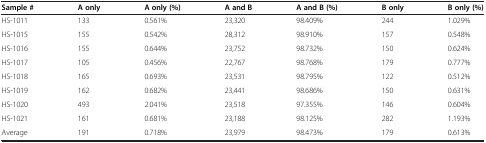
<table><thead><tr><td><b>Sample #</b></td><td><b>A only</b></td><td><b>A only (%)</b></td><td><b>A and B</b></td><td><b>A and B (%)</b></td><td><b>B only</b></td><td><b>B only (%)</b></td></tr></thead><tbody><tr><td>HS-1011</td><td>133</td><td>0.561%</td><td>23,320</td><td>98.409%</td><td>244</td><td>1.029%</td></tr><tr><td>HS-1015</td><td>155</td><td>0.542%</td><td>28,312</td><td>98.910%</td><td>157</td><td>0.548%</td></tr><tr><td>HS-1016</td><td>155</td><td>0.644%</td><td>23,752</td><td>98.732%</td><td>150</td><td>0.624%</td></tr><tr><td>HS-1017</td><td>105</td><td>0.456%</td><td>22,767</td><td>98.768%</td><td>179</td><td>0.777%</td></tr><tr><td>HS-1018</td><td>165</td><td>0.693%</td><td>23,531</td><td>98.795%</td><td>122</td><td>0.512%</td></tr><tr><td>HS-1019</td><td>162</td><td>0.682%</td><td>23,441</td><td>98.686%</td><td>150</td><td>0.631%</td></tr><tr><td>HS-1020</td><td>493</td><td>2.041%</td><td>23,518</td><td>97.355%</td><td>146</td><td>0.604%</td></tr><tr><td>HS-1021</td><td>161</td><td>0.681%</td><td>23,188</td><td>98.125%</td><td>282</td><td>1.193%</td></tr><tr><td>Average</td><td>191</td><td>0.718%</td><td>23,979</td><td>98.473%</td><td>179</td><td>0.613%</td></tr></tbody></table>